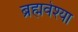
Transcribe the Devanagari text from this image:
ब्रह्मवेश्या